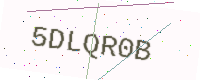
Text: 5DLQR0B